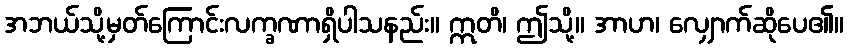
အဘယ်သို့မှတ်ကြောင်းလက္ခဏာရှိပါသနည်း။ ဣတိ၊ ဤသို့။ အာဟ၊ လျှောက်ဆိုပေ၏။